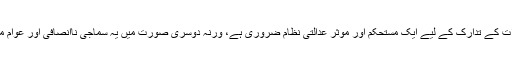
ماورائے عدالت ہلاکتوں کے اسباب اور اثرات کے تدارک کے لیے ایک مستحکم اور موثر عدالتی نظام ضروری ہے، ورنہ دوسری صورت میں یہ سماجی ناانصافی اور عوام میں عدم تحفظ کا ایک اہم کردار بن سکتا ہے۔